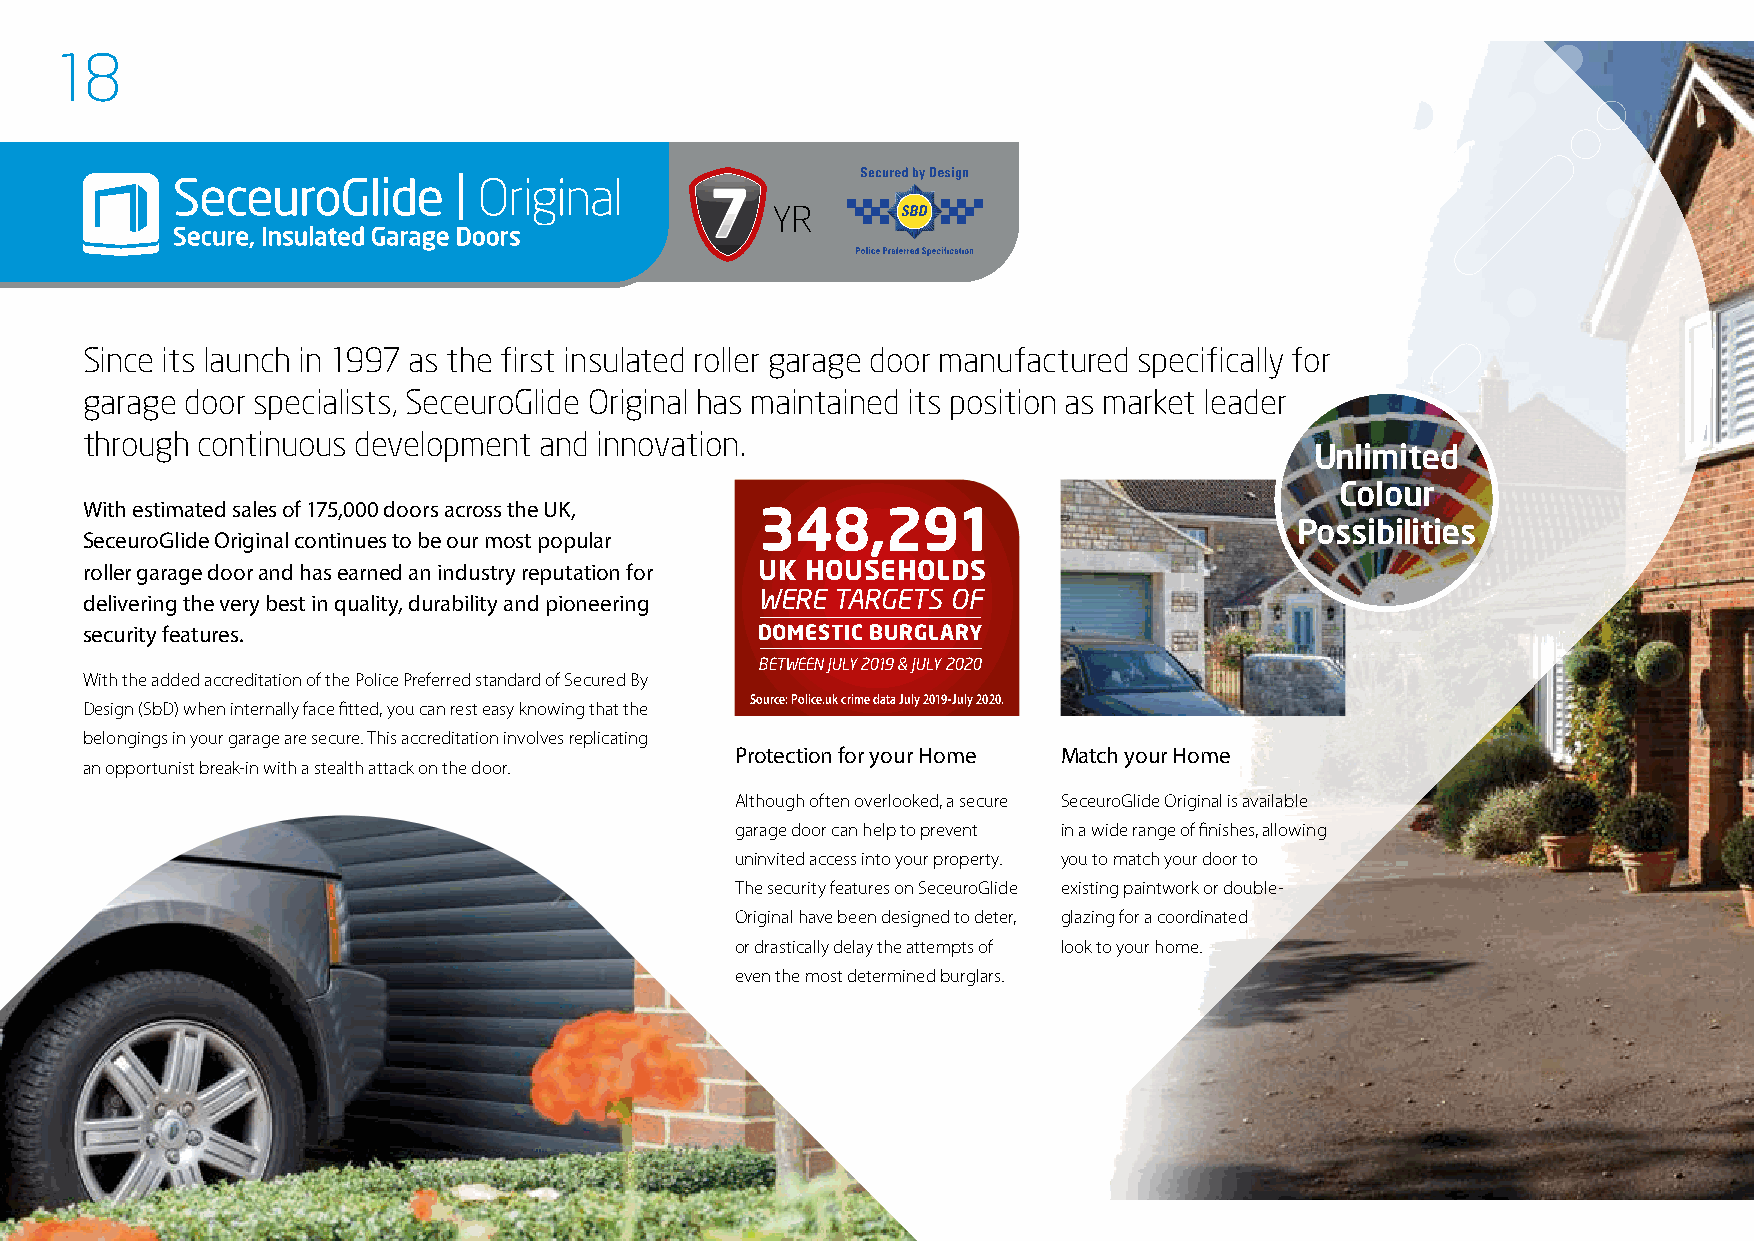
18
 Since its launch in 1997 as the first insulated roller garage door manufactured specifically for
 garage door specialists, SeceuroGlide Original has maintained its position as market leader
 through continuous development and innovation.
 Unlimited
 Colour
 With estimated sales of 175,000 doors across the UK, 348,291
 Possibilities
 SeceuroGlide Original continues to be our most popular
 roller garage door and has earned an industry reputation for UK HOUSEHOLDS
 WERE TARGETS OF
 delivering the very best in quality, durability and pioneering
 security features.                           DOMESTIC BURGLARY
 BETWEEN JULY 2019 & JULY 2020
 With the added accreditation of the Police Preferred standard of Secured By
 Source: Police.uk crime data July 2019-July 2020.
 Design (SbD) when internally face fitted, you can rest easy knowing that the
 belongings in your garage are secure. This accreditation involves replicating
 Protection for your Home Match your Home
 an opportunist break-in with a stealth attack on the door.
 Although often overlooked, a secure SeceuroGlide Original is available
 garage door can help to prevent in a wide range of finishes, allowing
 uninvited access into your property. you to match your door to
 The security features on SeceuroGlide existing paintwork or double-
 Original have been designed to deter, glazing for a coordinated
 or drastically delay the attempts of look to your home.
 even the most determined burglars.